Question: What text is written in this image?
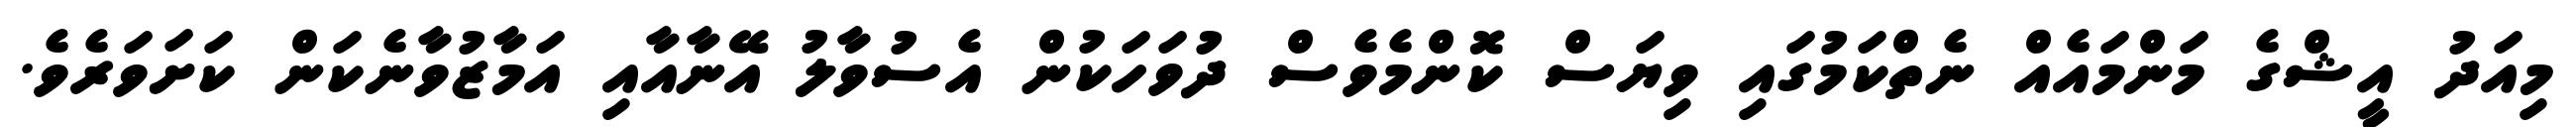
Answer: މިއަދު އީޝްގެ މަންމައެއް ނެތްކަމުގައި ވިޔަސް ކޮންމެވެސް ދުވަހަކުން އެސުވާލު އޭނާއާއި އަމާޒުވާނެކަން ކަށަވަރެވެ.